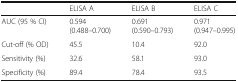
<table><thead><tr><td></td><td><b>ELISA A</b></td><td><b>ELISA B</b></td><td><b>ELISA C</b></td></tr></thead><tbody><tr><td>AUC (95 % CI)</td><td>0.594 (0.488–0.700)</td><td>0.691 (0.590–0.793)</td><td>0.971 (0.947–0.995)</td></tr><tr><td>Cut-off (% OD)</td><td>45.5</td><td>10.4</td><td>92.0</td></tr><tr><td>Sensitivity (%)</td><td>32.6</td><td>58.1</td><td>93.0</td></tr><tr><td>Specificity (%)</td><td>89.4</td><td>78.4</td><td>93.5</td></tr></tbody></table>